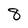
Character: 8